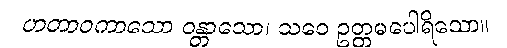
ဟတာဝကာသော ဝန္တာသော၊ သဝေ ဥတ္တမပေါရိသော။